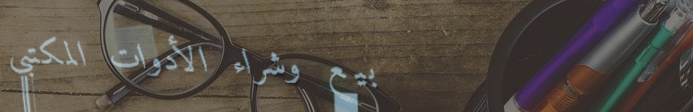
بيع وشراء الأدوات المكتبي